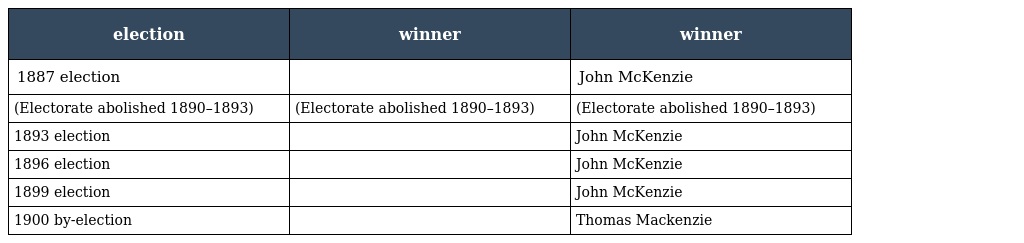
| election | winner | winner |
 | --- | --- | --- |
 | 1887 election |  | John McKenzie |
 | (Electorate abolished 1890–1893) | (Electorate abolished 1890–1893) | (Electorate abolished 1890–1893) |
 | 1893 election |  | John McKenzie |
 | 1896 election |  | John McKenzie |
 | 1899 election |  | John McKenzie |
 | 1900 by-election |  | Thomas Mackenzie |